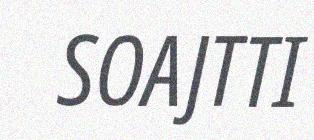
SOAJTTI